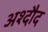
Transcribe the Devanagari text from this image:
अश्दौद